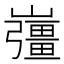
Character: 𡾪